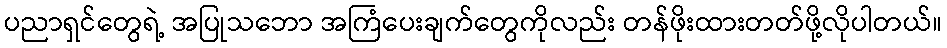
ပညာရှင်တွေရဲ့ အပြုသဘော အကြံပေးချက်တွေကိုလည်း တန်ဖိုးထားတတ်ဖို့လိုပါတယ်။